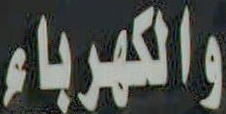
والكهرباء